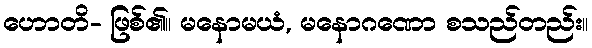
ဟောတိ- ဖြစ်၏။ မနောမယံ, မနောဂဏော စသည်တည်း။